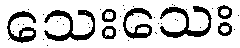
သေးသေး